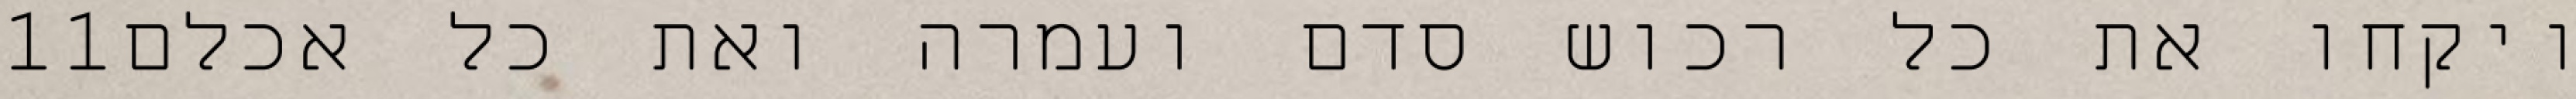
‎11‏ ויקחו את כל רכוש סדם ועמרה ואת כל אכלם